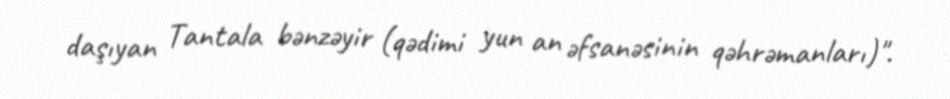
daşıyan Tantala bənzəyir (qədimi yun an əfsanəsinin qəhrəmanları)".